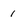
Character: 1